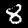
Label: 8